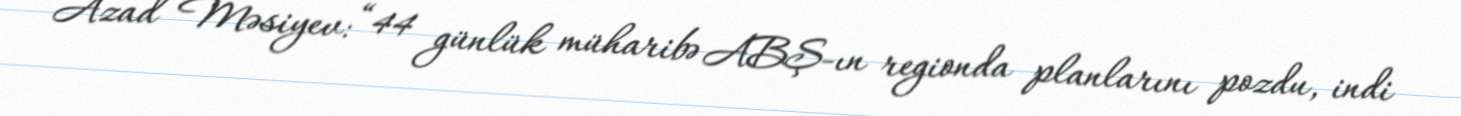
Azad Məsiyev: “44 günlük müharibə ABŞ-ın regionda planlarını pozdu, indi